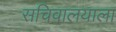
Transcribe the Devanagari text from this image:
सचिवालयाला